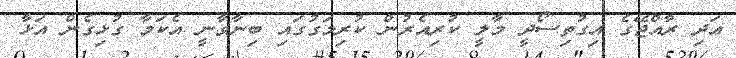
އަދި ރާއްޖޭގެ އިގުތިސޯދީ މާލީ ކުރިއެރުން ކުރިމަގުގައި ބިނާވާނީ އެކަމާ ގުޅިގެން އަޅާ